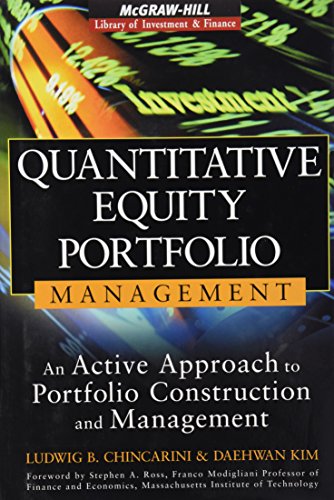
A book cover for Quantitative Equity Portfolio Management: An Active Approach to Portfolio Construction and Management (McGraw-Hill Library of Investment and Finance); Ludwig B Chincarini; Politics & Social Sciences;